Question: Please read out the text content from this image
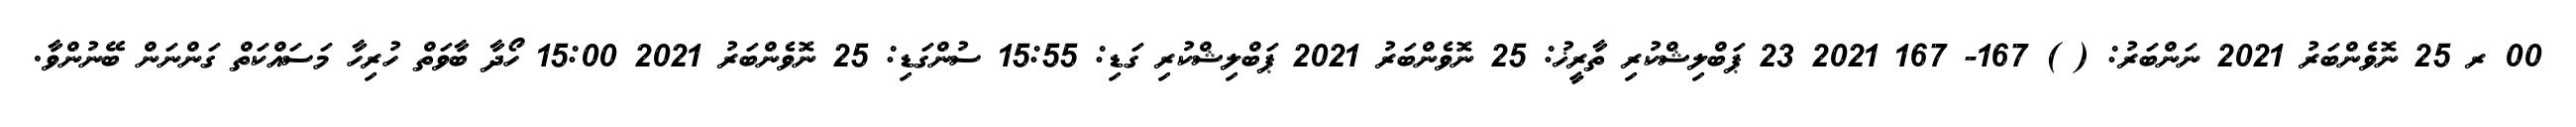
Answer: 00 ރ 25 ނޮވެންބަރު 2021 ނަންބަރު: ( ) 167- 167 2021 23 ޕަބްލިޝްކުރި ތާރީޚު: 25 ނޮވެންބަރު 2021 ޕަބްލިޝްކުރި ގަޑި: 15:55 ސުންގަޑި: 25 ނޮވެންބަރު 2021 15:00 ހޯދާ ބާވަތް ހުރިހާ މަސައްކަތް ގަންނަން ބޭނުންވާ.